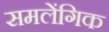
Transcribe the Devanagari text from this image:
समलेंगिक